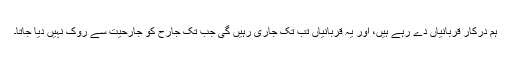
ہم درکار قربانیاں دے رہے ہیں، اور یہ قربانیاں تب تک جاری رہیں گی جب تک جارح کو جارحیت سے روک نہیں دیا جاتا۔